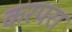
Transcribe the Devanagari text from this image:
करपरा